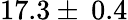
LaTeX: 17.3\pm\: 0.4